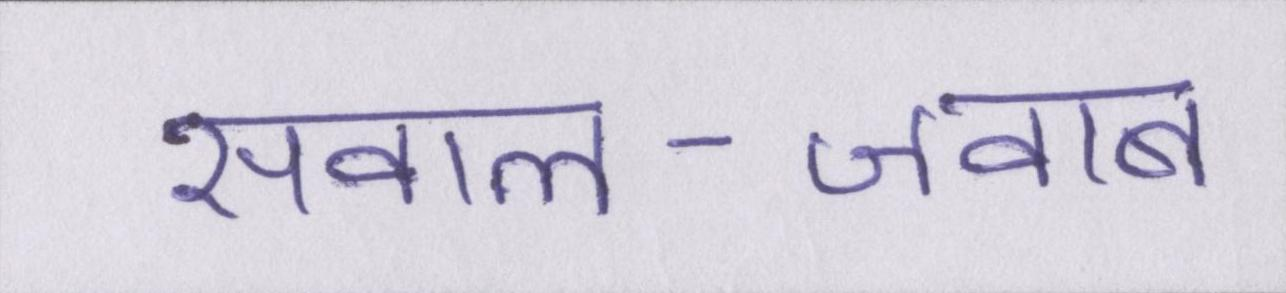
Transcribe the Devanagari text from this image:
सवाल-जवाब